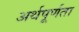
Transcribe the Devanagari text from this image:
अर्थपूर्णता